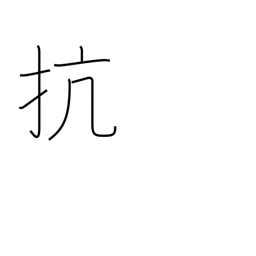
Meaning: defy